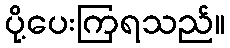
ပို့ပေးကြရသည်။